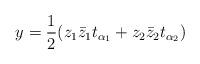
LaTeX: \begin{align*}y=\frac{1}{2}( z_1\bar{z}_1t_{\alpha_1} + z_2\bar{z}_2t_{\alpha_2})\end{align*}